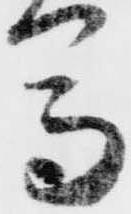
馬